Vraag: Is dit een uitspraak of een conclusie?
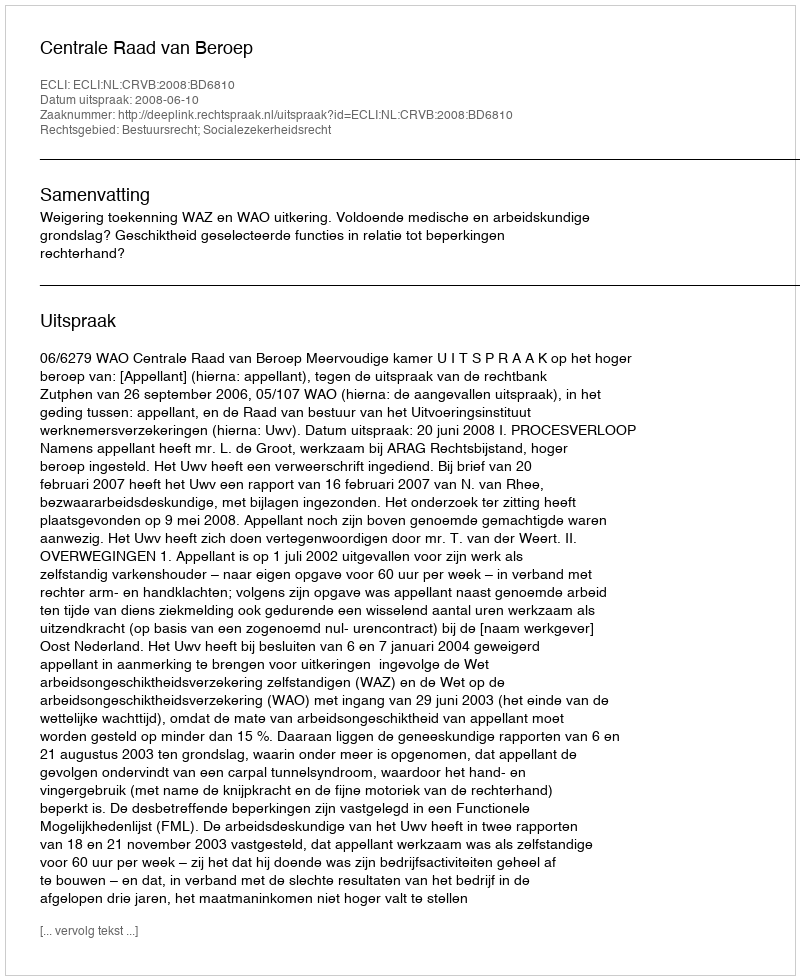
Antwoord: Uitspraak